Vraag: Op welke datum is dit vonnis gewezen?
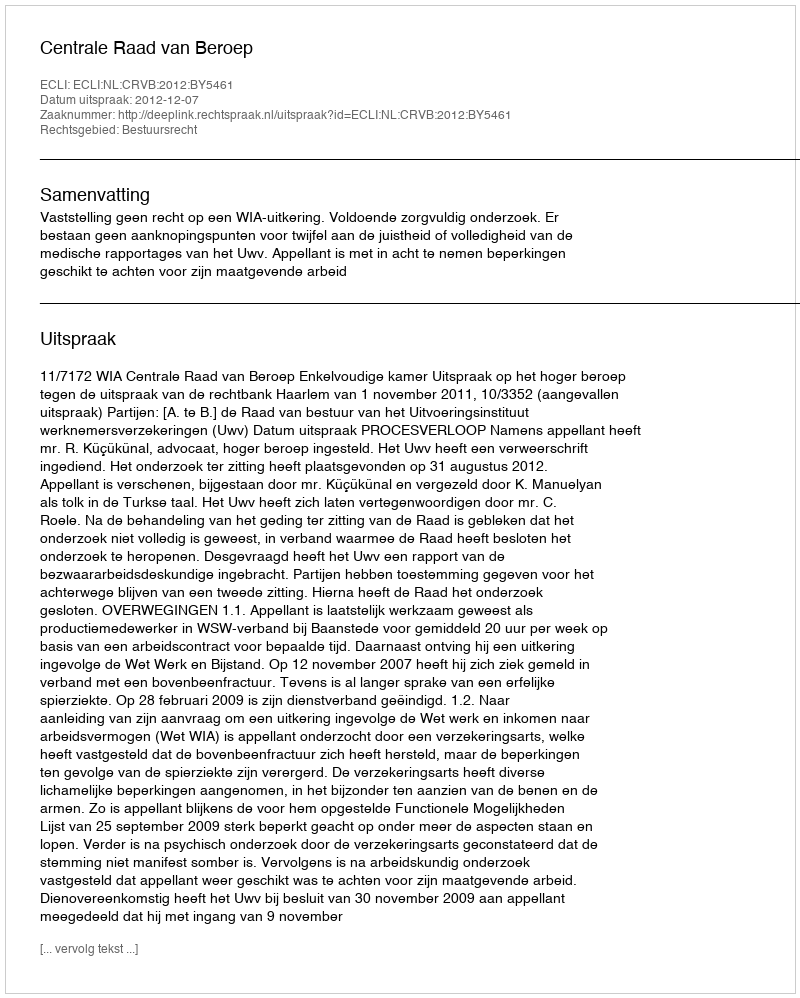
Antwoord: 2012-12-07